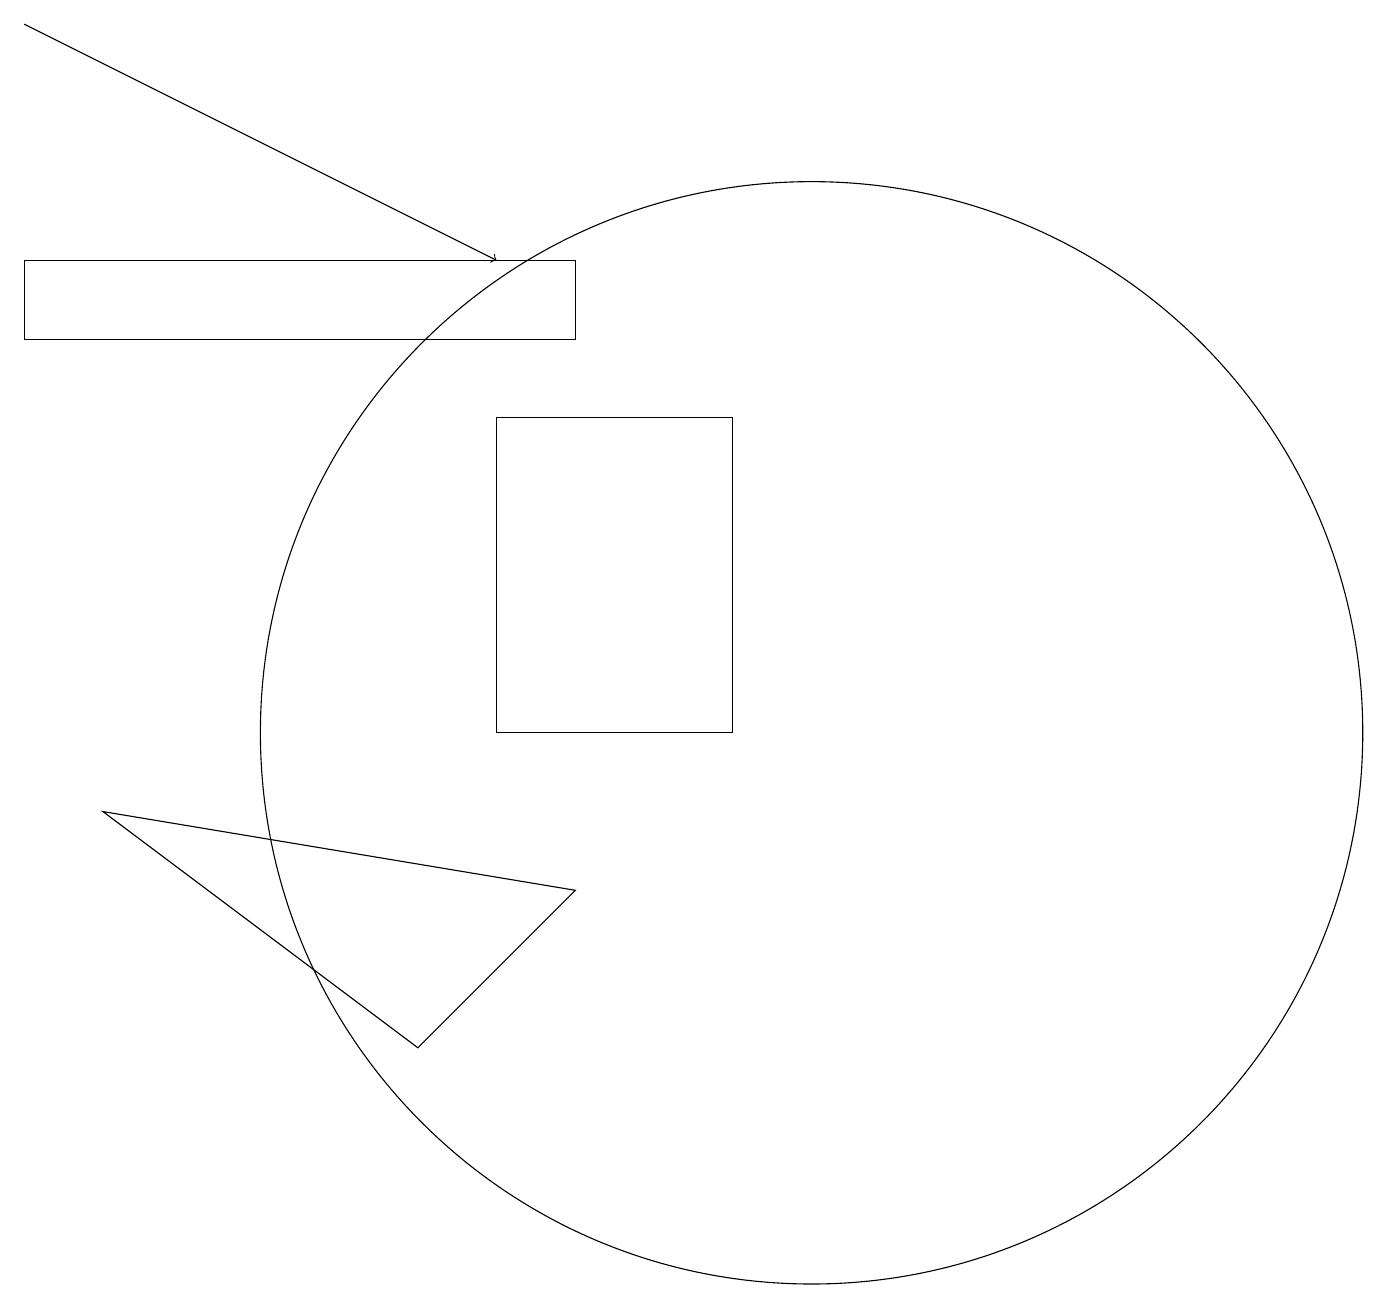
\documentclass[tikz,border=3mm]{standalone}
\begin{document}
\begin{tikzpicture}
\draw[->] (0,19) -- (6,16);
\draw (6,10) rectangle (9,14);
\draw (7,15) rectangle (0,16);
\draw (10,10) circle (7);
\draw (5,6) -- (7,8) -- (1,9) -- cycle;
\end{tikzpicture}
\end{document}